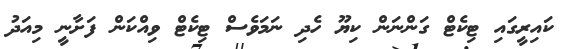
ކައިރީގައި ޓިކެޓް ގަންނަން ކިޔޫ ހެދި ނަމަވެސް ޓިކެޓް ވިއްކަން ފަށާނީ މިއަދު